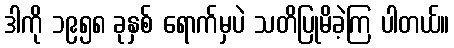
ဒါကို ၁၉၅၈ ခုနှစ် ရောက်မှပဲ သတိပြုမိခဲ့ကြ ပါတယ်။